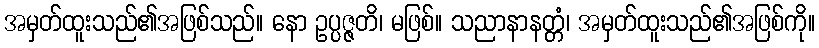
အမှတ်ထူးသည်၏အဖြစ်သည်။ နော ဥပ္ပဇ္ဇတိ၊ မဖြစ်။ သညာနာနတ္တံ၊ အမှတ်ထူးသည်၏အဖြစ်ကို။